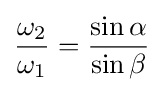
{\frac {\omega _{2}}{\omega _{1}}}={\sin \alpha  \over \sin \beta }